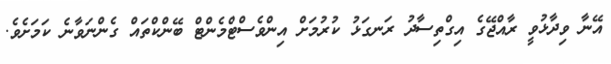
އޭނާ ވިދާޅުވީ ރާއްޖޭގެ އިގްތިސާދު ރަނގަޅު ކުރުމަށް އިންވެސްޓްމެންޓް ބޭންކްތައް ގެންނަވާނެ ކަމަށެވެ.